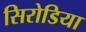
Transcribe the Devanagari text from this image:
सिरोडिया